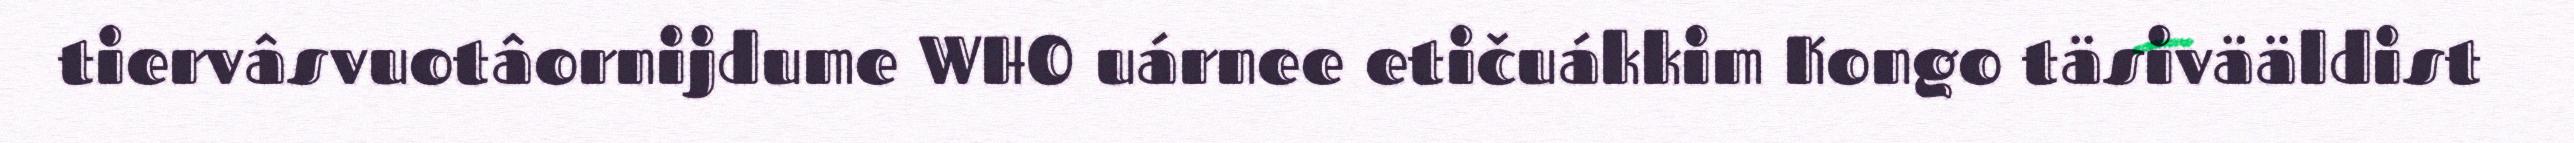
tiervâsvuotâornijdume WHO uárnee etičuákkim Kongo täsivääldist